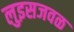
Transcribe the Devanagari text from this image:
लुइसजवळ